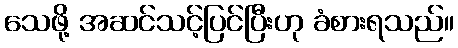
သေဖို့ အဆင်သင့်ပြင်ပြီးဟု ခံစားရသည်။